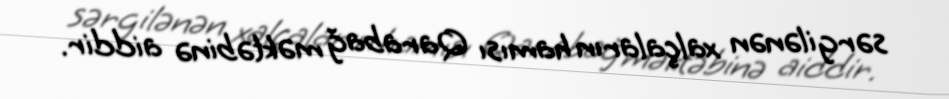
sərgilənən xalçaların hamısı Qarabağ məktəbinə aiddir.